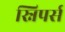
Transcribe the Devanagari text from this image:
स्निपर्स